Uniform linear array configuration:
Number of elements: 16
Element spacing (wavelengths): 1
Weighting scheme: uniform
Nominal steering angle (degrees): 45
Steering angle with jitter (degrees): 45.137
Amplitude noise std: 0.05
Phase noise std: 0.05

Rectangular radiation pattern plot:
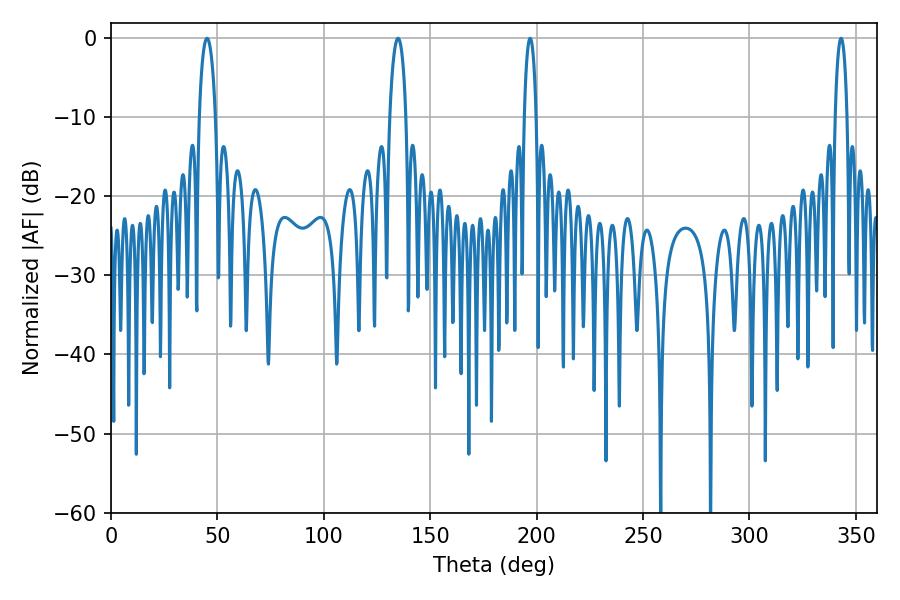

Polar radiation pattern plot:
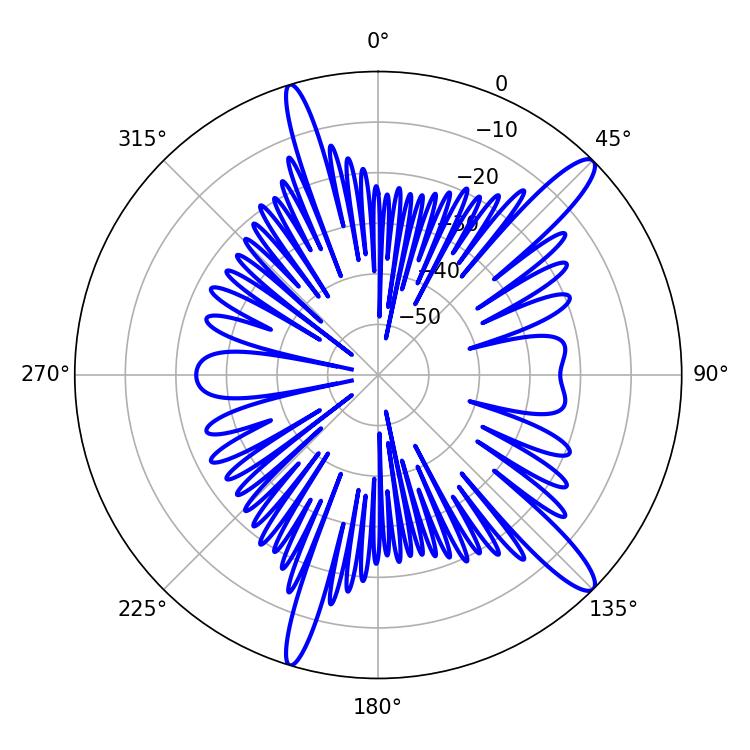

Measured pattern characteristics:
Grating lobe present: TRUE
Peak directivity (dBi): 13.65
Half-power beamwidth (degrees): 3.24
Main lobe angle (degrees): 196.92